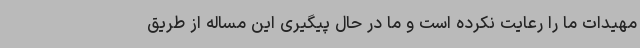
مهیدات ما را رعایت نکرده است و ما در حال پیگیری این مساله از طریق